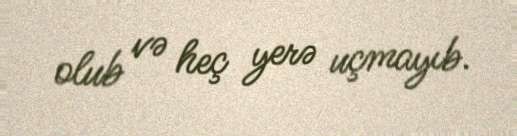
olub və heç yerə uçmayıb.